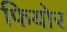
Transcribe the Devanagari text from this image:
फियोर